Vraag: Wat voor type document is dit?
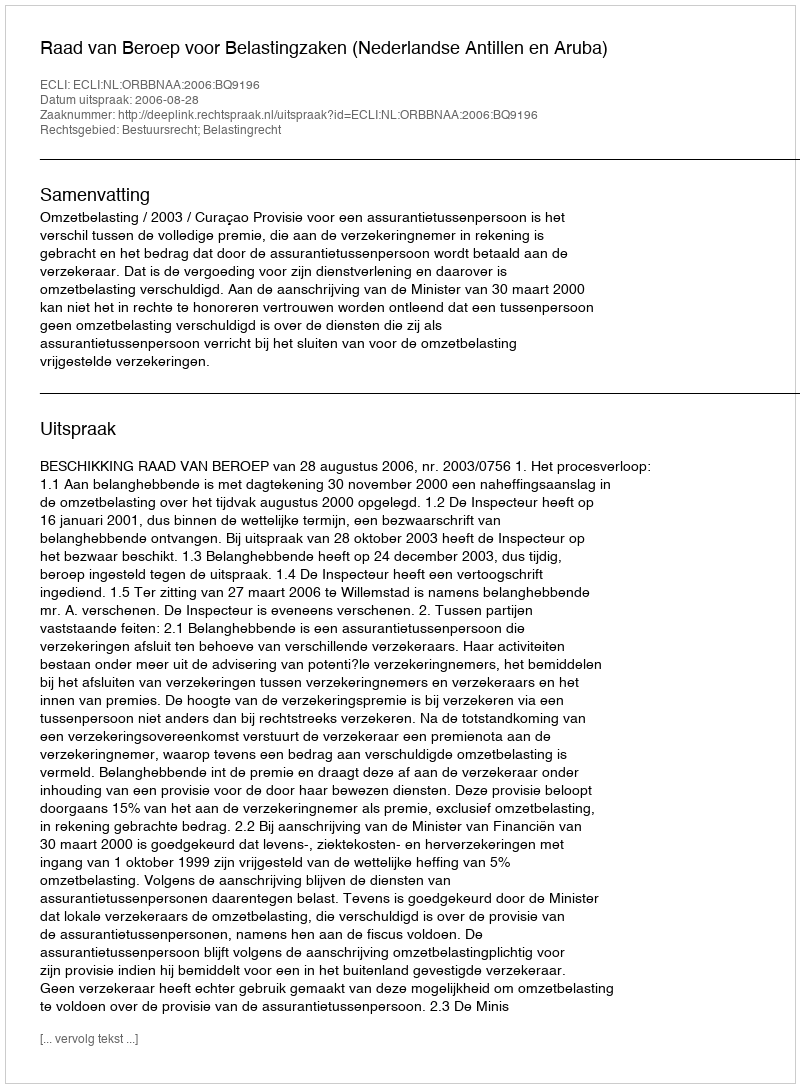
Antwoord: Uitspraak